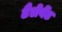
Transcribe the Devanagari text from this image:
टैलेवेंट